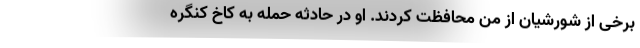
برخی از شورشیان از من محافظت کردند. او در حادثه حمله به کاخ کنگره